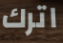
اترك